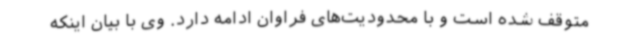
متوقف شده است و با محدودیت‌های فراوان ادامه دارد. وی با بیان اینکه